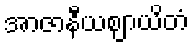
အာဇာနီယဈာယိတံ